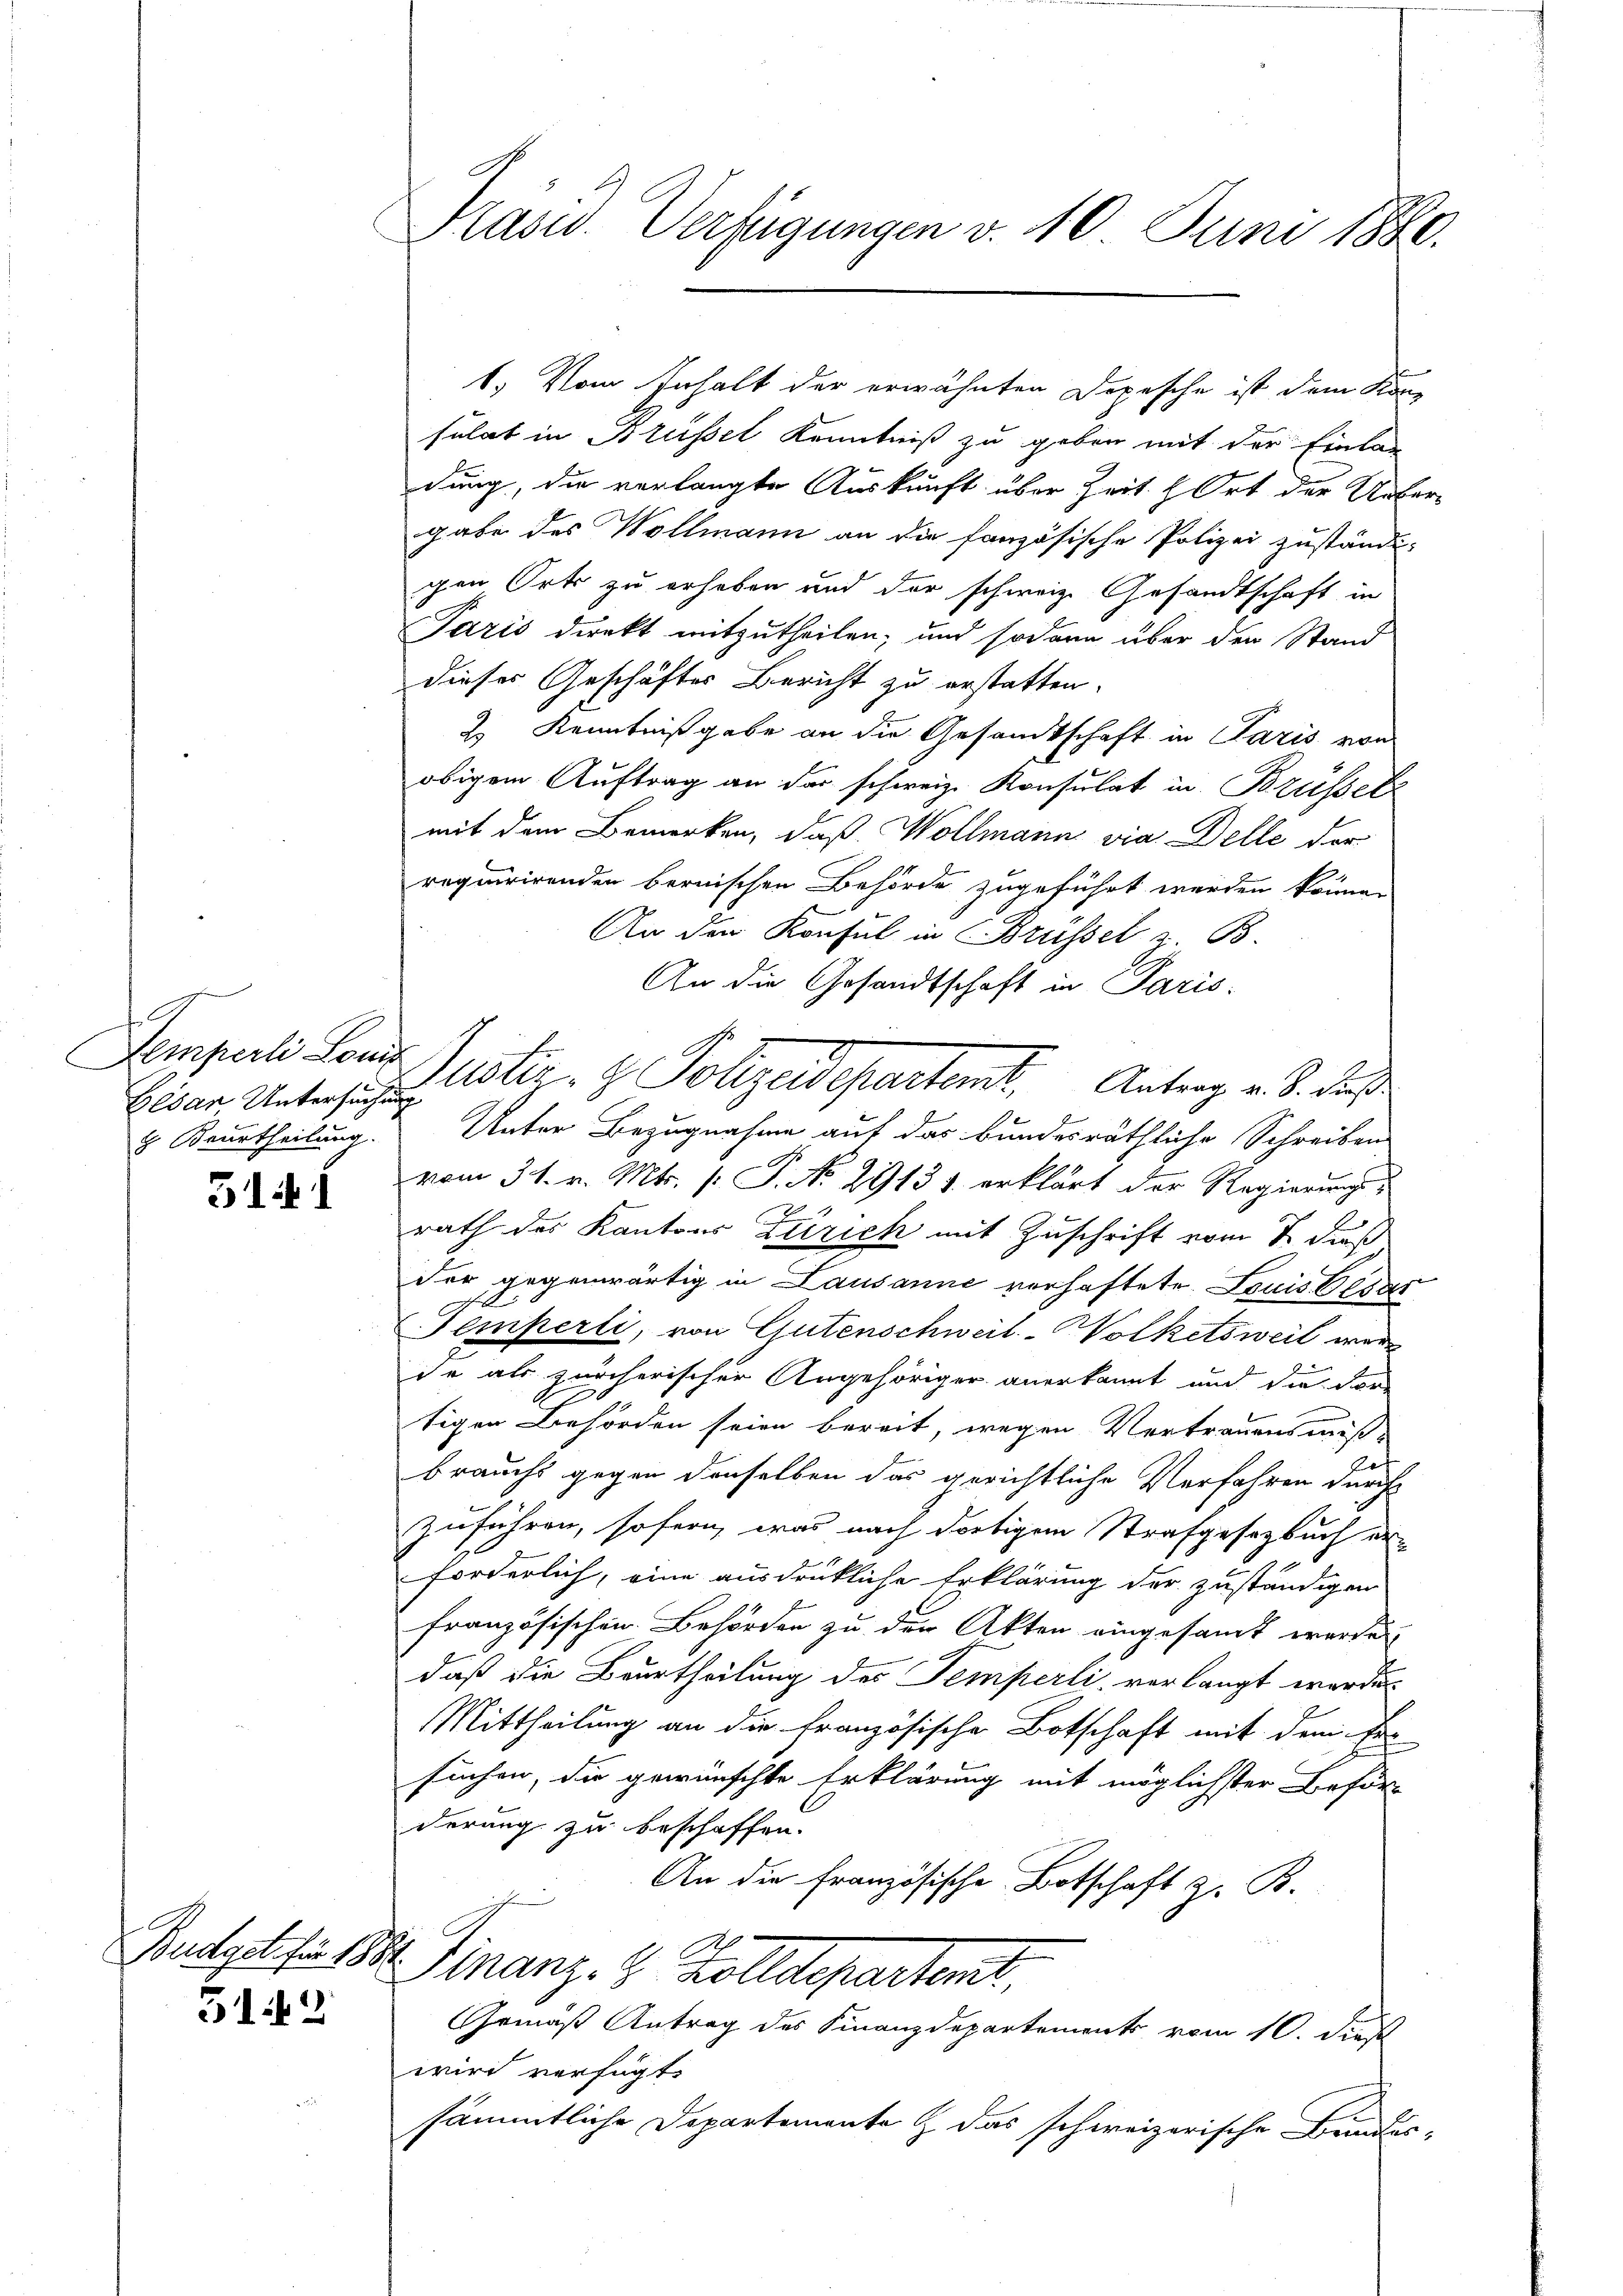
e
Gesan Untersuchung
2. Beurtheilung.

51. I

Budget für 13.

512

Präsid. Verfügungen v. 10. Juni 1880.

1.) Vom Inhalt der erwähnten Depesche ist dem Konsulat in Brüssel Kenntniß zu geben mit der Einlag
dung, die verlangte Auskunft über Zeit & Ort der Uebergabe des Vollmann an die fanzösische Polizei zuständi-
gen Orts zu erheben und der schweiz. Gesandtschaft in
Paris direkt mitzutheilen; und sodann über den Stand
dieses Geschäftes Bericht zu erstatten.
2) Kenntnißgabe an die Gesandtschaft in Paris von
obigem Auftrag an der schweiz. Konsulat in Brüssetz
mit dem Bemerken, daß Wollmann via Delle der
requirirenden bernischen Behörde zugeführt werden können
An den Konsul in Brüssel z. B.
An die Gesandtschaft in Paris
Unter Bezugnahme auf das bundesräthliche Schreibens
vom 31. v. Mts. (: P. No. 29131 erklärt der Regierungs¬
24
C
rath des Kantons Zürich mit Zuschrift vom 7 Fuß
der gegenwärtig in Lausanne verhaftete Louis bedar
Temperti, von Gutenschweil-Wolketsweil wer
de als zürcherischer Angehöriger anerkannt und die For-
tigen Behörden seien bereit, wegen Vertrauensmiß-
brauchs gegen denselben das gerichtliche Verfahren durch
zuführen, sofern, was nach dortigem Strafgesetzbuch erforderlich, eine ausdrükliche Erklärung der zuständigen
französischen Behörden zu der Akten eingesamt werde.
x
daß die Beurtheilung des Temperli, verlangt werde
Mittheilung an die französische Botschaft mit dem Er
suchen, die gewünschte Erklärung mit möglichster Beförderung zu beschaffen.
An die Französische Botschaft z. B.
A
D. Finanz. B. Kolldepartent,
Gemäß Antrag des Finanzdepartements vom 10. dies
wird verfügt:
sämmtliche Departemente & das schweizerische Bundes-

Demperli Landt Justiz- & Polizeidepartemt, Antrag v. 8. daß